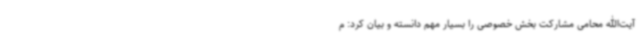
آیت‌الله محامی مشارکت بخش خصوصی را بسیار مهم دانسته و بیان کرد: م